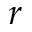
r